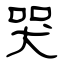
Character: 哭